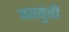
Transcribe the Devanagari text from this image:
वस्तुंची